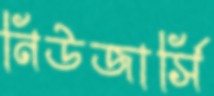
নিউজার্সি